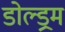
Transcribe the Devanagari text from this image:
डोल्ड्रम